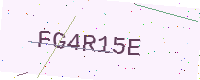
Text: FG4R15E